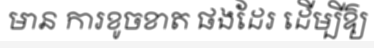
មាន ការខូចខាត ផងដែរ ដើម្បីឱ្យ